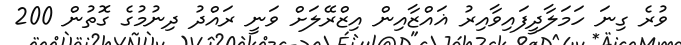
ވުރެ ގިނަ ހަމަލާދީފައިވާއިރު ޣައްޒާއިން އިޒްރޭލަށް ވަނީ ރައްދު ދިނުމުގެ ގޮތުން 200